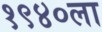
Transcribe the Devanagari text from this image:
१९४०ला